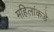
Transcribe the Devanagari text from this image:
महिलांकडे